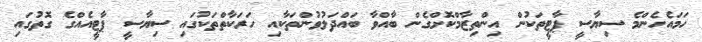
ހަމައެހެންމެ ސިޔާސީ ޕާޓީތަކުން އިންތިޒާމްކޮށްގެން ބާއްވާ ބައްދަލުވުންތަކާއި ހަރަކާތްތަކުގައި ސިޔާސީ ޕާޓީއެއްގެ ގޮތުގައި